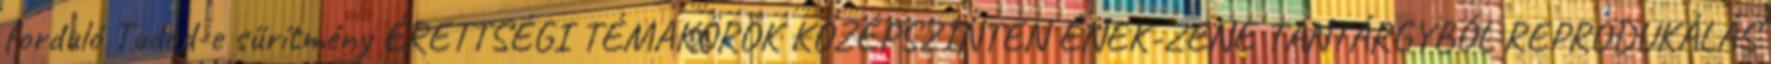
forduló Tudod-e sűrítmény ÉRETTSÉGI TÉMAKÖRÖK KÖZÉPSZINTEN ÉNEK-ZENE TANTÁRGYBÓL REPRODUKÁLÁS